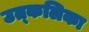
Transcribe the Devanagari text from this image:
उत्‍कलिका